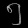
Digit: ၅